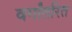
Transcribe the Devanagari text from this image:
वर्गांतरित